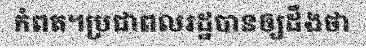
កំពត។ប្រជាពលរដ្ឋបានឲ្យដឹងថា